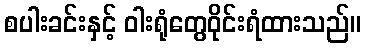
စပါးခင်းနှင့် ဝါးရုံတွေဝိုင်းရံထားသည်။